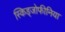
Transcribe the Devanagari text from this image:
स्किड्जोफीनिया